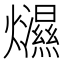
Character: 𤒴